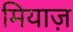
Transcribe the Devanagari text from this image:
मियाज़